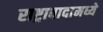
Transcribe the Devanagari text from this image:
राष्ट्रावादामध्ये